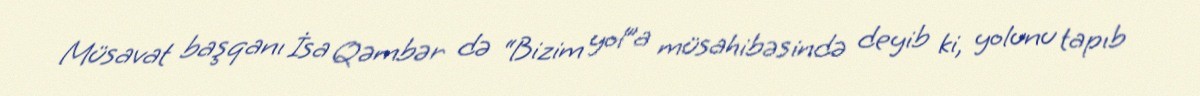
Müsavat başqanı İsa Qəmbər də “Bizim yol”a müsahibəsində deyib ki, yolunu tapıb